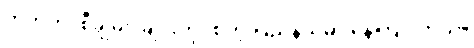
တိဘက်၊ စီချွမ်း၊ ချင်းဟိုင်စတဲ့ ပြည်နယ်မှာ နေကြပါတယ်။